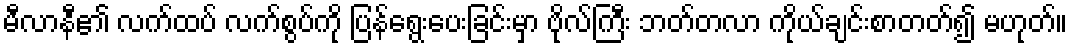
မီလာနီ၏ လက်ထပ် လက်စွပ်ကို ပြန်ရွေးပေးခြင်းမှာ ဗိုလ်ကြီး ဘတ်တလာ ကိုယ်ချင်းစာတတ်၍ မဟုတ်။